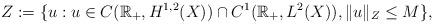
LaTeX: \begin{align*} Z:=\{u:u\in C(\mathbb{R}_{+}, H^{1,2}(X))\cap C^{1}(\mathbb{R}_{+},L^{2}(X)), \|u\|_{Z}\leq M\},\end{align*}